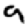
Digit: 9